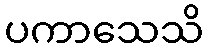
ပကာသေသိ